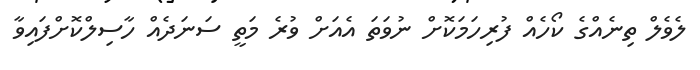
ލެވެލް ތިނެއްގެ ކޯހެއް ފުރިހަމަކޮށް ނުވަތަ އެއަށް ވުރެ މަތީ ސަނަދެއް ހާސިލްކޮށްފައިވާ